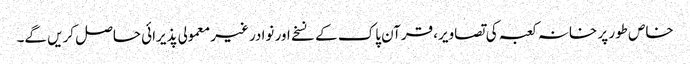
خاص طور پر خانہ کعبہ کی تصاویر، قرآن پاک کے نسخے اور نوادر غیر معمولی پذیرائی حاصل کریں گے۔